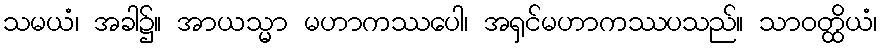
သမယံ၊ အခါ၌။ အာယသ္မာ မဟာကဿပေါ၊ အရှင်မဟာကဿပသည်။ သာဝတ္ထိယံ၊